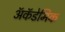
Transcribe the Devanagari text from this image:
ॲकॅडेमिक